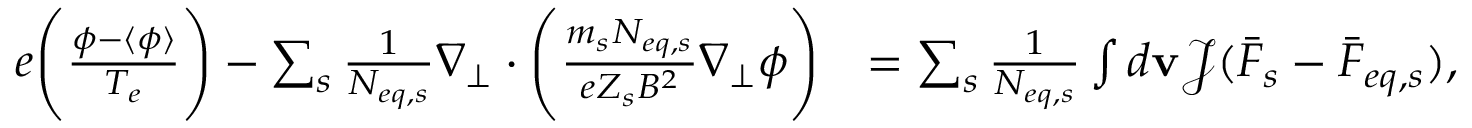
\begin{array} { r l } { e \Bigg ( \frac { \phi - \langle \phi \rangle } { T _ { e } } \Bigg ) - \sum _ { s } \frac { 1 } { N _ { e q , s } } \nabla _ { \perp } \cdot \Bigg ( \frac { m _ { s } N _ { e q , s } } { e Z _ { s } B ^ { 2 } } \nabla _ { \perp } \phi \Bigg ) } & { = \sum _ { s } \frac { 1 } { N _ { e q , s } } \int d \mathbf { v } \mathcal { J } ( \bar { F } _ { s } - \bar { F } _ { e q , s } ) , } \end{array}